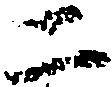
二